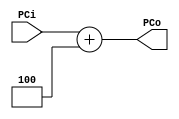
module addr ( PCi, PCo);

/*input clk, reset;
input [7:0] pci; // program count in
output reg [7:0] pco;  // program count out
	
	always @ (posedge clk)
	begin
	if (reset) 
		pco = 8'd0;
	else 
		pco = pci + 8'd4;
	end*/
	input [31:0] PCi;
	output [31:0] PCo;
	
	assign PCo = PCi + 32'd4;

endmodule